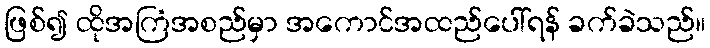
ဖြစ်၍ ထိုအကြံအစည်မှာ အကောင်အထည်ပေါ်ရန် ခက်ခဲသည်။